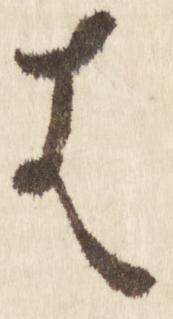
は